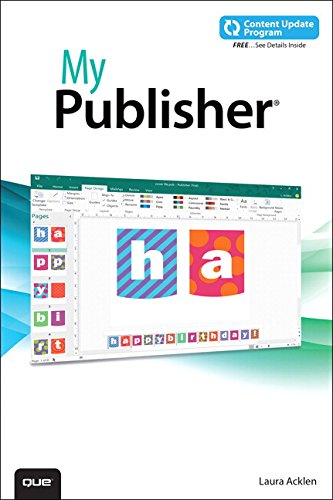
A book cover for My iPad mini (My...Series); Gary Rosenzweig; Computers & Technology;